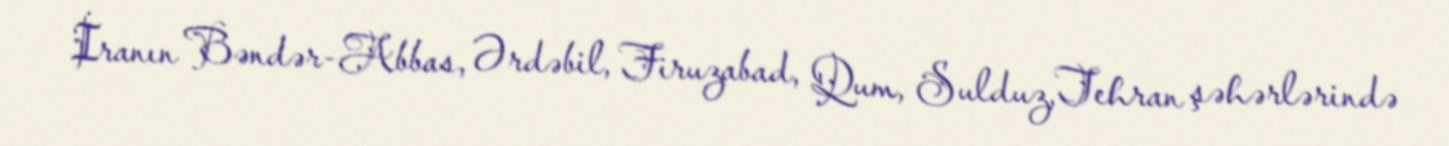
İranın Bəndər-Abbas, Ərdəbil, Firuzabad, Qum, Sulduz, Tehran şəhərlərində